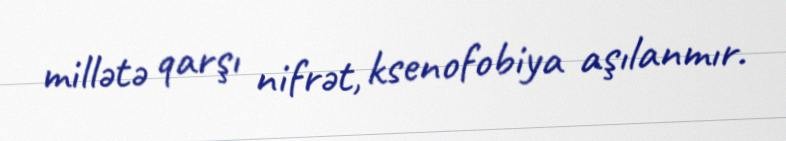
millətə qarşı nifrət, ksenofobiya aşılanmır.